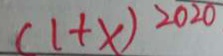
( 1 + x ) ^ { 2 0 2 0 }